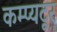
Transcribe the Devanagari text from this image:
कम्प्यटूर